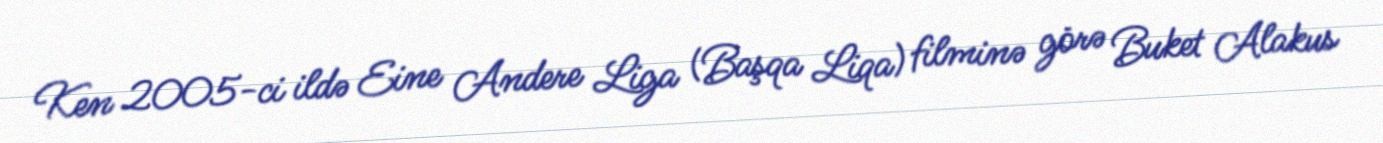
Ken 2005-ci ildə Eine Andere Liga (Başqa Liqa) filminə görə Buket Alakus